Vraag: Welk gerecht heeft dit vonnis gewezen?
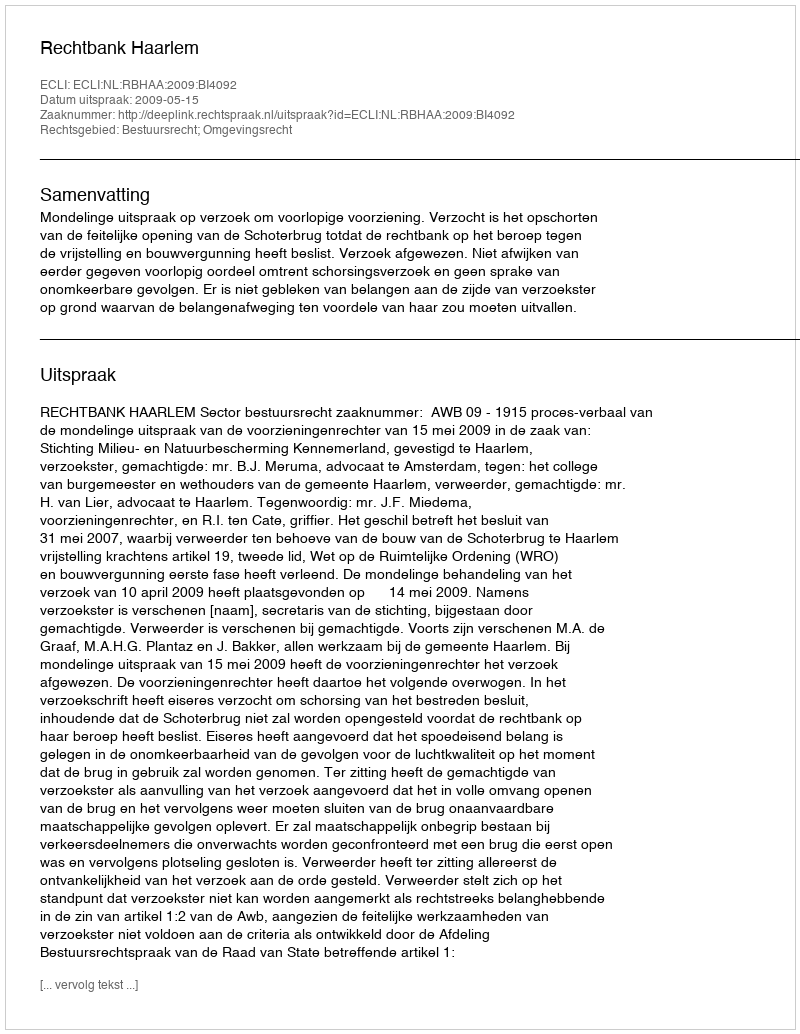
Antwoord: Rechtbank Haarlem